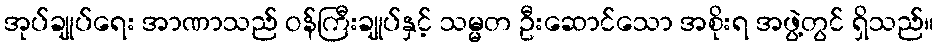
အုပ်ချုပ်ရေး အာဏာသည် ဝန်ကြီးချုပ်နှင့် သမ္မတ ဦးဆောင်သော အစိုးရ အဖွဲ့တွင် ရှိသည်။